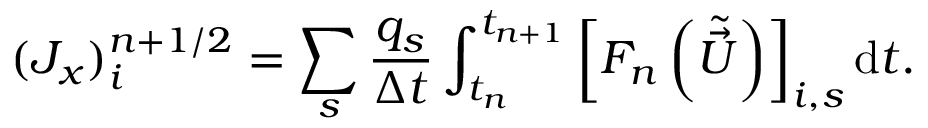
( J _ { x } ) _ { i } ^ { n + { 1 / 2 } } = \sum _ { s } \frac { q _ { s } } { \Delta t } \int _ { t _ { n } } ^ { t _ { n + 1 } } \left[ F _ { n } \left( \tilde { \vec { U } } \right) \right] _ { i , s } \mathrm { d } t .